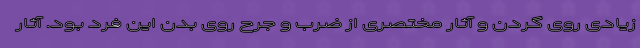
زیادی روی گردن و آثار مختصری از ضرب و جرح روی بدن این فرد بود. آثار